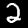
Label: 2